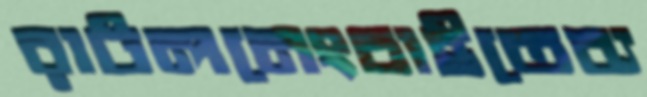
রাটলনেংচাইতেব্য